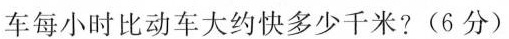
车每小时比动车大约快多少千米?(6分)